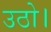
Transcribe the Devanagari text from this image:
उठो।